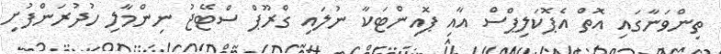
ތިންވަނާގައި އޮތް އެޕޮކަލިޕްސް އާއި ޕޮއިންޓަކާ ނުލައި ގްރޫޕް ސްޓޭޖު ނިންމާލި ހުދުރަންފުށި